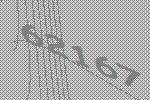
62167